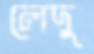
লেদু